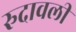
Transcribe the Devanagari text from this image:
रुदावली